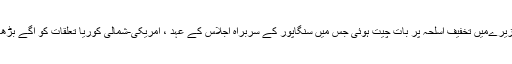
8 فروری تک کوریائی جزیرےمیں تخفیف اسلحہ پر بات چیت ہوئی جس میں سنگاپور کے سربراہ اجلاس کے عہد ، امریکی-شمالی کوریا تعلقات کو آگے بڑھانے پر تبادلہ خیال کیا گیا۔